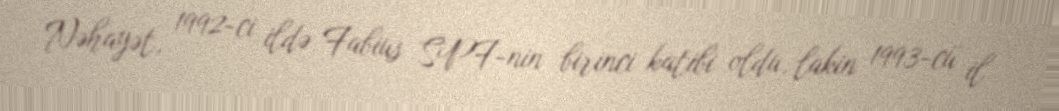
Nəhayət, 1992-ci ildə Fabius SPF-nin birinci katibi oldu, lakin 1993-cü il